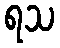
ရသ